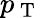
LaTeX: p_{\mathrm{~T~}}